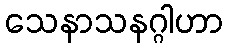
သေနာသနဂ္ဂါဟာ